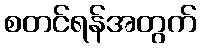
စတင်ရန်အတွက်